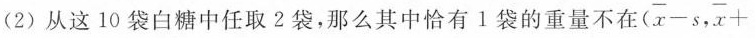
(2)从这10袋白糖中任取2袋，那么其中恰有1袋的重量不在 $$( \overline { x } - s , \overline { x }